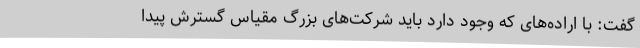
گفت: با اراده‌های که وجود دارد باید شرکت‌های بزرگ مقیاس گسترش پیدا